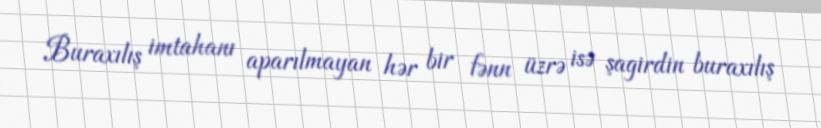
Buraxılış imtahanı aparılmayan hər bir fənn üzrə isə şagirdin buraxılış